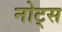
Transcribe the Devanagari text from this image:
नोट्‍स